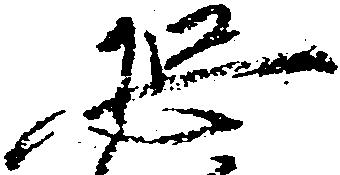
恐